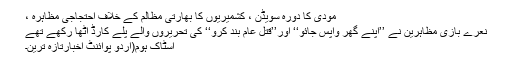
مودی کا دورہ سویڈن ، کشمیریوں کا بھارتی مظالم کے خلاف احتجاجی مظاہرہ ،
نعرے بازی مظاہرین نے ’’اپنے گھر واپس جائو‘‘ اور’’قتل عام بند کرو‘‘ کی تحریروں والے پلے کارڈ اٹھا رکھے تھے
اسٹاک ہوم(اُردو پوائنٹ اخبارتازہ ترین۔